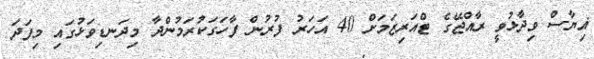
ޣިޔާސް ވިދާޅުވީ ރާއްޖޭގެ ޓްއަރިޒަމަށް 40 އަހަރު ފުރުން ފާހަގަކުރަމުންދާ މިދަނޑިވަޅުގައި މިފަދަ